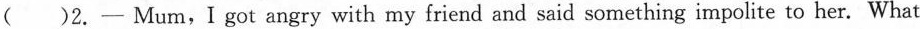
( )2.—Mum,I got angry with my friend and said something impolite to her. What